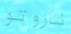
ناروتو